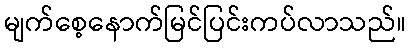
မျက်စေ့နောက်မြင်ပြင်းကပ်လာသည်။